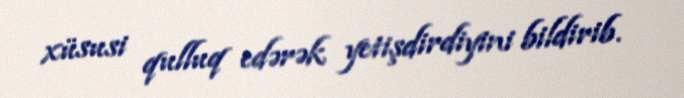
xüsusi qulluq edərək yetişdirdiyini bildirib.